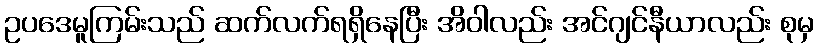
ဥပဒေမူကြမ်းသည် ဆက်လက်ရရှိနေပြီး အိဝါလည်း အင်ဂျင်နီယာလည်း စုမှ